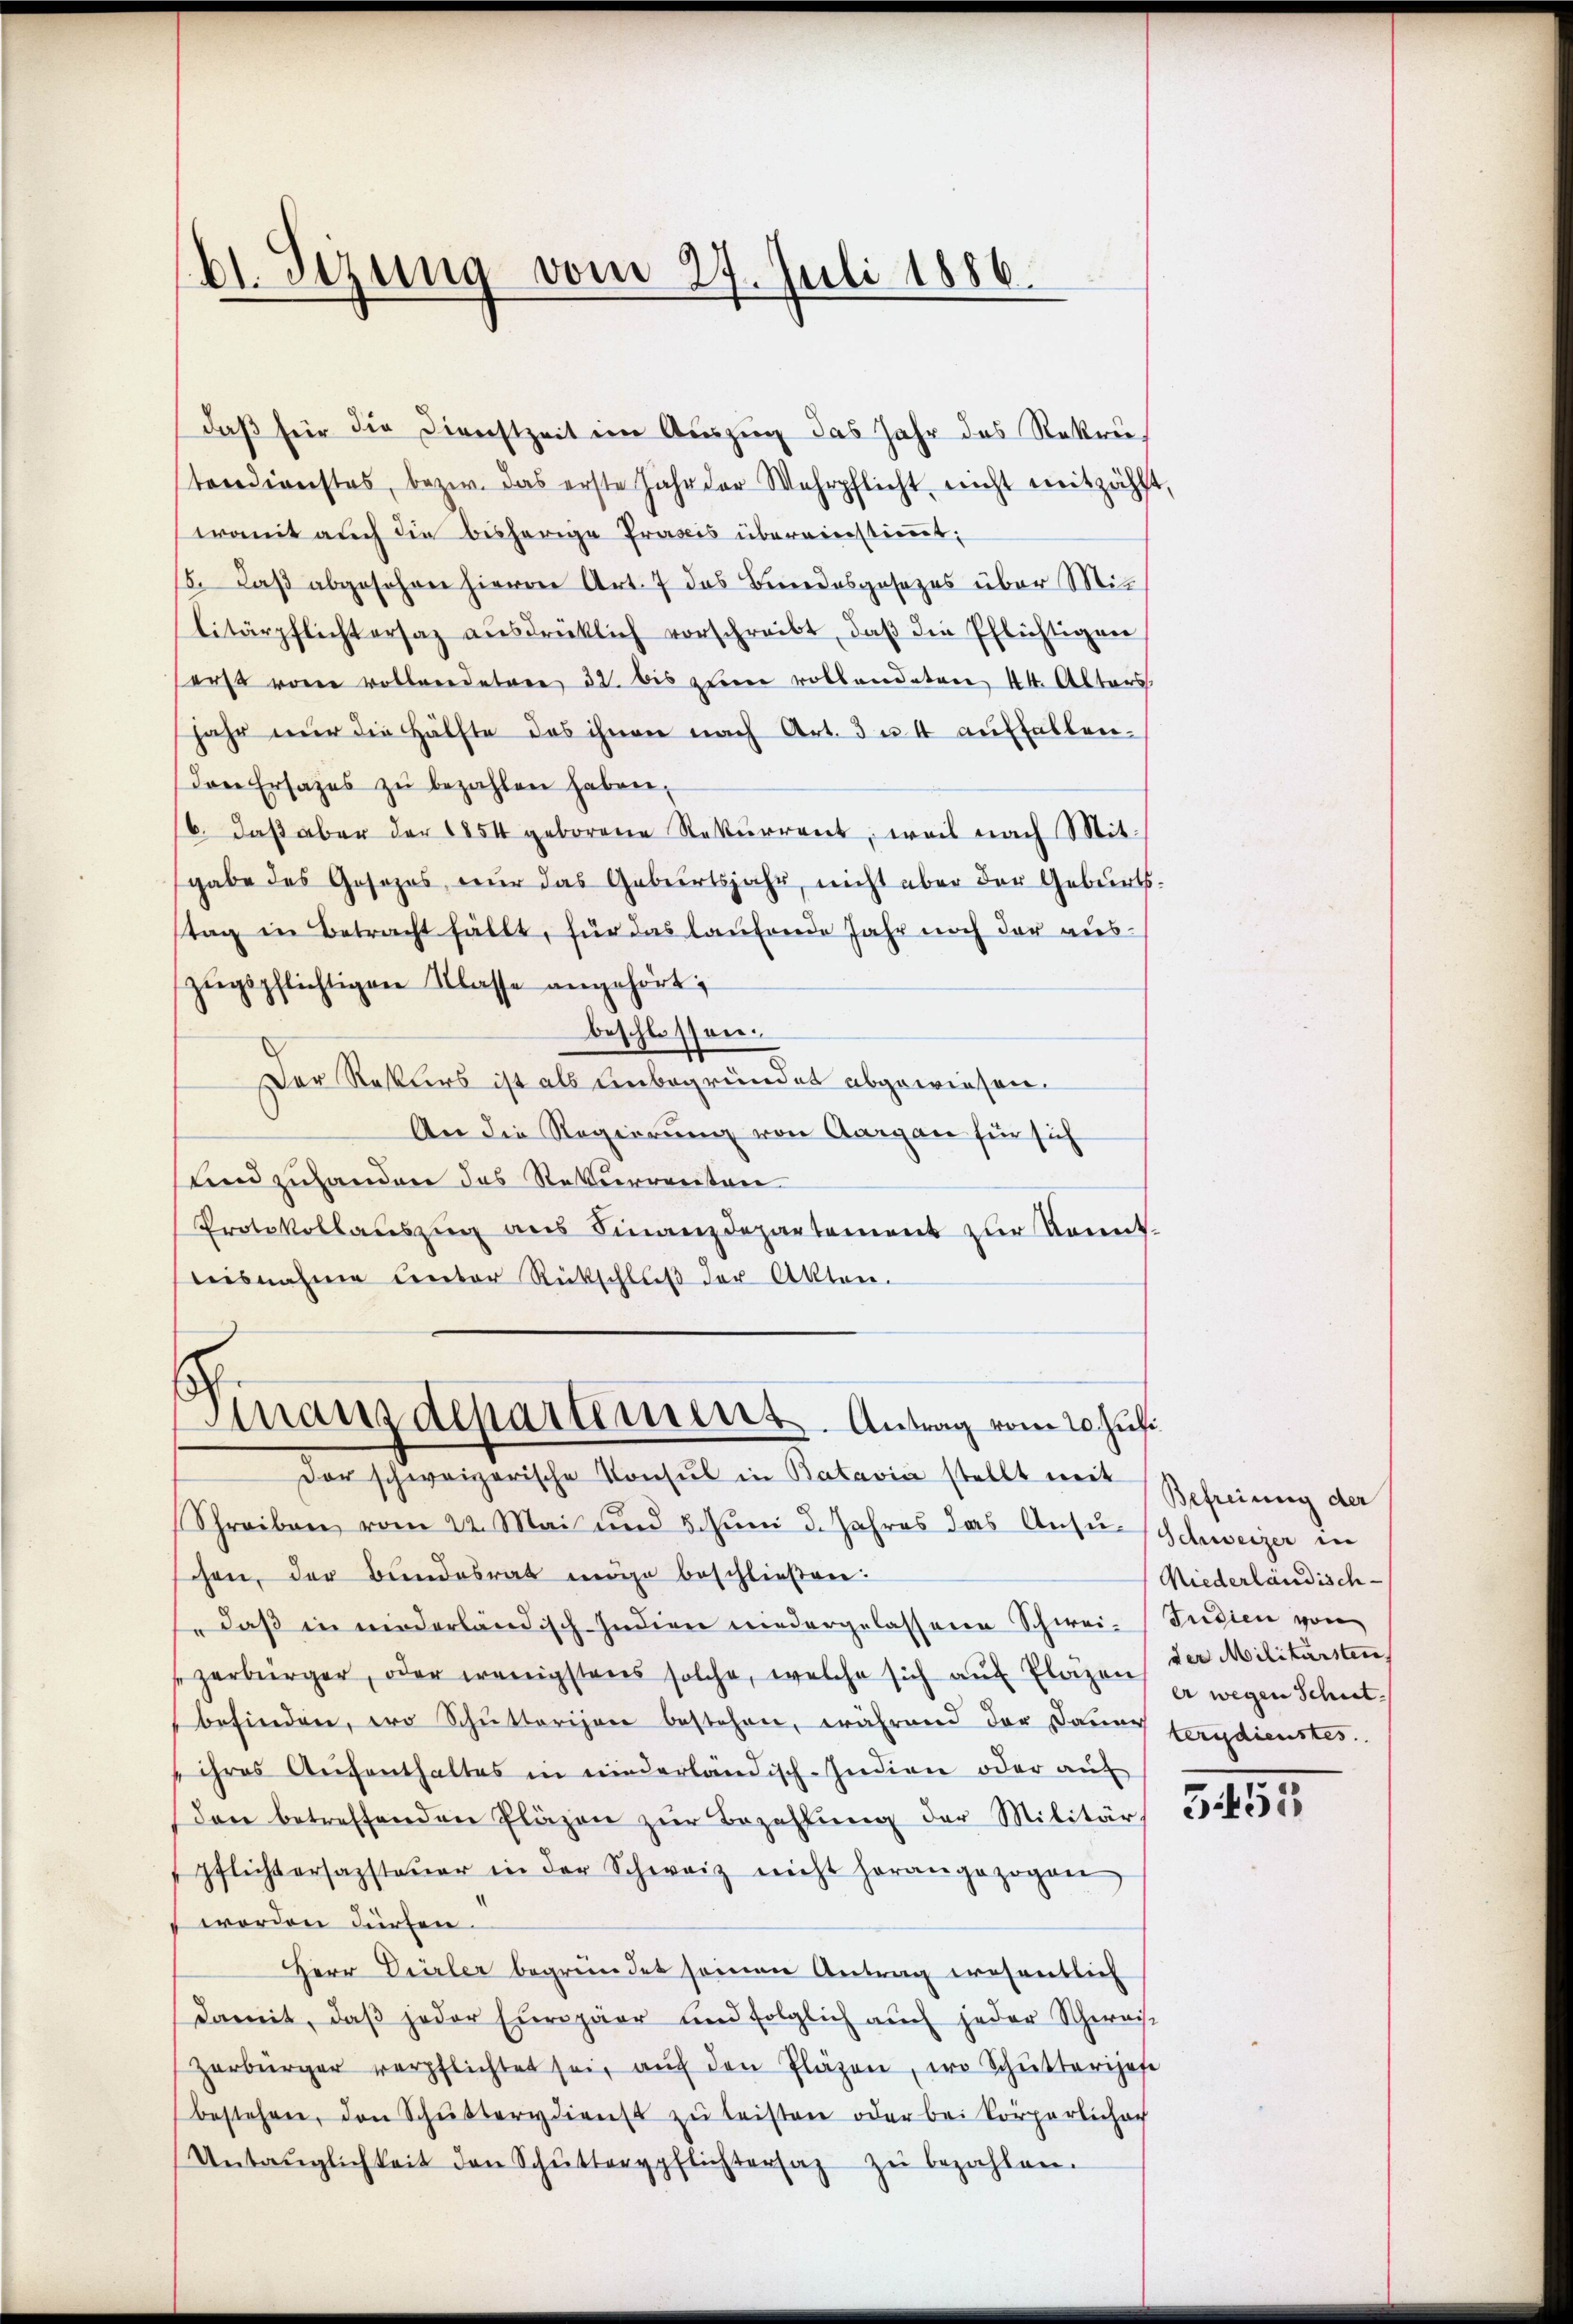
b1. Sezung vom 27. Juli 1886.

daβ für die Dienstzeit ein Aŭszŭg das Jahr das Rekruterdienstes, bezw. das erste Jahr der Wehrpflicht nicht mitzählt,
womit auch die bisherige Praxis übereinstimmt,
15. daβ abgesehen hievon Art. 7 das Bundesgesezes über Mit
litärpflichtersaz aŭsdrücklich vorschreibt, daβ die Pflichtigen
serst von vollendeter 32. bis elen vollendeten 44. Alters
jahr nŭr die Hälfte des ihnen nach Art. 3 u. 4 auffallen.
Den Ersatzes zŭ bezahlen haben,
6. daß aber der 1854 geborene Rekurrent, weil nach Mitgabe des Gosozos, nur das Geburtsjahr, nicht aber der Geburts-
stag in Betracht fällt, für das laufende Jahr noch der auszŭgspflichtigen Klasse angehört;
beschlossen:
Der Reters ist als unbegründet abgewiesen.
An die Regierung von Aargau für sich
sund zuhanden das Rekurrenten
Protokollaŭszŭg ans Finanzdepartement zur konnt
teisnahme unter Rückschluß der Akten.
Finanzdeparteriert. Antrag vom 20. Juli
Der schweizerische Konsul in Batavia stellt mit Scheinung der
Schreiben vom 22. Mai und 8. Juni d. Jahres das Ansu-Schweizer in
chen, der Bundesrat möge beschließen:
" daß in niederländisch Indiger wiedergelassene Schwei- (Tudien von
zerbürger, oder wenigstens solche, welche sich aŭf Plazen, der Militärsten,
befinden, wo Schutterien bestehen, während der Dauer tagdienstes.
ihres Aŭfenthaltes in niederländisch-Indien oder auf
den betreffenden Pläzen zŭr Bezahlŭng der Militärs
pflichtersagsteŭer in der Schweiz nicht herangezogen
werden dürfen.
Herr Dürler begründet seinen Antrag wesentlich
damit, daβ jeder Europäer und folglich auch jeder Schweise
Zerbürger verpflichtet sei, aŭf den Pläzen, wo Schŭttarises
bestehen, den Schŭsterdienst zŭ leisten oder bei körperlichoch
Untauglichkeit den Schŭttergpflichtersaz zŭ bezahlen.

Niederländisch-
er wegen Schut

5455